Vital statistics of India. Vol. IV, Annual returns from 1871 to 1876. British Army of India, Native Army and jails of Bengal
Year: 1871
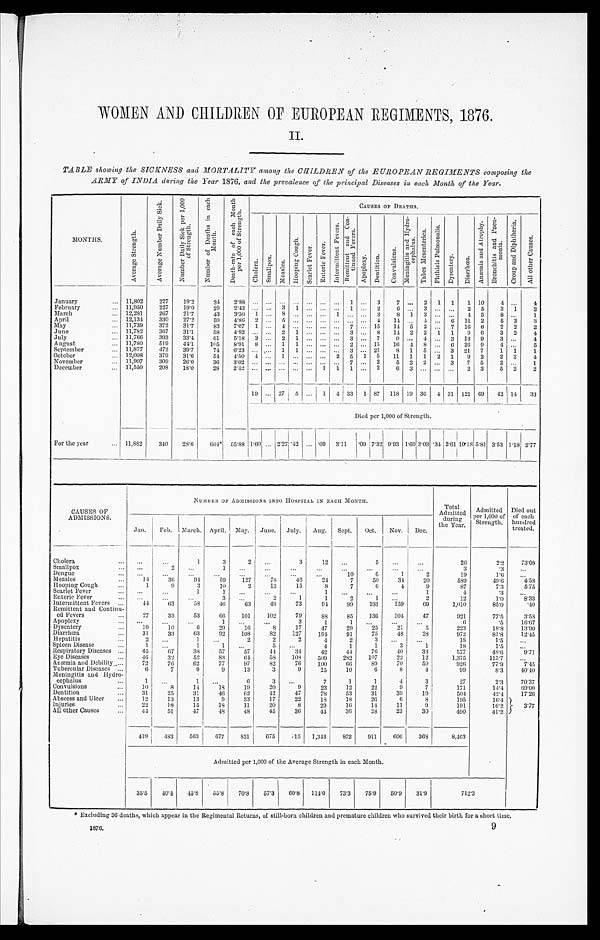
WOMEN AND CHILDREN OF EUROPEAN REGIMENTS, 1876.
TABLE showing the SICKNESS and MORTALITY among the CHILDREN of the EUROPEAN REGIMENTS composing the
ARMY of INDIA during the Year 1876, and the prevalence of the principal Diseases in each Month of the Year.
MONTHS.
A v e r a g e S t r e n a g t h .
A v e r a g e N u m b e r D a i l y S i c k .
N u m b e r D a i l y S i c k p e r 1 , 0 0 0 o f S t r e n g t h .
N u m b e r o f D e a t h s i n e a c h M o n t h .
D e a t h - r a t e o f e a c h M o n t h p e r 1 , 0 0 0 o f S t r e n g t h .
C A U S E S O F D E A T H S .
C h o l e r a .
S m a l l p o x . M e a s l e s .
H o o p i n g C o u g h .
S e a r l e t F e v e r .
E n t e r i c F e v e r .
I n t e r m i t t e n t F e v e r s .
R e m i t t e n t a n d C o n - t i n u e d F e v e r s .
A p o p l e x y . D e n t i u t i o n .
C o n v u l i s i o n s .
M e n i n g i t i s a n d H y d r o -
e p h a l u s .
T a b e s M e s e n t e r i e a .
P h t h i s i s P u l m o n a l i s .
D y s e n t e r y .
D i a r r h œ a .
A n æ m i a a n d A t r o p h y . B r o n c h i t i s a n d P n e u - m o n i a .
C r o u p a n d D i p h t h e r i a .
A l l o t h e r c a s e s .
January
11,802 227 19.2
34 2 . 8 8
1
3 7
2 1 1 1 10 4
4
February
11,950 227 19.0 29 2.43
3 1
1
2 6
3
2 5 3 1 2
March
12,281 267 21.7 43 3.50 1
8
1
3 8 1 3
4 5 8
1
April
12,134 330 27.2 59 4.86 2
5
4 14
4
6 11 2 5 3 3
May
11,739 372 31.7 83 7.07 1
4
7
15 14 5 2
7 16 6 2 2 2
June
11,782 367 31.1
58 4.92
2 1
3
8 14 2 2 1 1 9 6 3 2 4
July
11,766 393 33.4 61 5.18 3
2 1
3
7 9
4
3 13 9 3
4
August
11,780 519 44.1 105 8.91 8
1 1
2
15 16 4 8
6 26 9
4
5
September
11,877 472 39.7 74 6.23
1 1
3
2 1 8 1 5
3 21 7 1 1 1
October
12,008 379 31.6
54 4.50 4
1
2 5 1 5 11 1 1 2 1 9 2 2 3 4
November
11,907 309 26.0
36
3 . 0 2
7
2 5 2 2
3 7 5 2
1
December
11,550 208 18.0
28
2 . 4 2
1 1
2 6 3
2 3 5 2 2
19
27 5
1 4 33 1 87 118 19 36 4 31 121 69 42 14 33
Died per 1,000 of Strength.
For the year
11,332 340 98.6 664* 55.88 1.60 2.27 .42
. 0 9 3 . 1 1
. 0 9
7 . 3 2
9.93 1.60 3.03 .34 2.6110.18 5.81 3.53 1.18 2.77
CAUSES OF
ADMISSIONS.
NUMBER OF ADMISSIONS INTO HOSPITAL IN EACH MONTH.
Total
Admitted during
the Year.
Admitted
per 1,000 of
Strength.
Died out
of each
hundred
treated.
Jan. Feb. March. April. May. June. July. Aug. Sept. Oct. Nov. IDec.
Cholera
1
3
2
3
12
5
26
2.2
73.08
Smallpox
2
1
3
.3
D e n g u e
1 0
6
1
2
19
1.6
. M e a s l e s
1 4
30
94 59 127
78
46
24
7
50
34 20
589
49.6
4.58
Hooping Cough
1
9
3
10
2
13
15
8
7
6
4
9
87
7.3
5.75
Scarlet Fever
1
1
1
1
4
.3
Enteric Fever
3
2
1
1
2
1
2
12
1.0
8.33
Intermittent Fevers
44
63
58
46 63
49
73
94 99 193 159
69
1,010
85.0
.40
Remittent and Continu-
...
ed Fevers
2 7 33
53
66 101 102
79
88
85 136 104 47
921
77.5
3.58
Apoplexy
1
3
1
6
.5
16.67
Dysentery
10
1 0
6
29 16
8
17
47
29
25 21
5
223
18.8
13.90
Diarrhœa
3 1 33
63
92 108
82 127 194 91
75
48
28
972
81.3
12.45
Hepatitis
2
1
2
2
2
4
2
3
1 8
1.5
Spleen Disease
1
1
5
4
1
1
3
1
18
1.5
Respiratory Diseases
45
67
38
57
57
44 34
42
44
76
40
33
577
48.6
9.71
Eye Diseases
46 32
52
83
6 4 58 108 509 282 107
22
12
1,375
115.7
Anæmia and Debility 72
76
62
77
97
82
76 100
6 6 89 70
59
926
77.9
7.45
Tubercular Diseases
6
7
9
9
13
3
9
15
10
6
8
4
99
8.3
40.40
Meningitis and Hydro-
cephalus
1
1
6
3
7
1
1
4
3
27
2.3
70.37
Convulsions
1 0
8
14
18 19
20
9
23
12
22
9
7
171
14.4 69.00
Dentition
31
25
31
46
62
42
47
78
53
31
39
19
504
42.4
17.26
Abscess and Ulcer
12
13
13
9
33
17
22
18
18
26
6
8
195
16.4
3.77
I n j u r i e s
2 2 18
15
18
11
20
8
29
16
14
11
9
191
16.2
All other Causes
44
51
47
48 48
45
36
44 36
38 23
30
490
41.2
419 483 563 677 831 675 715 1,343 872 911 606 368
8,463
Admitted per 1,000 of tile Average Strength in each Month.
35.5 40.4 45.8 55.8 70.8 57.3 60.8 114.0 73.3 75.9 50.9 31.9
712. 3
* Excluding 36 deaths, which appear in the Regimental Returns, of still-born children and premature children who survived their birth for a short time.
1876.
9